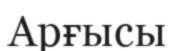
Арғысы